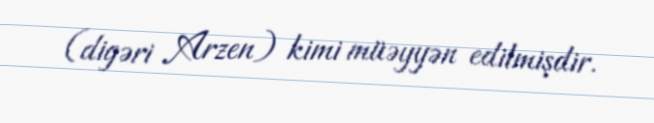
(digəri Arzen) kimi müəyyən edilmişdir.